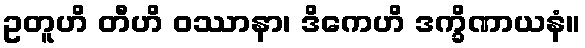
ဥတူဟိ တီဟိ ဝဿာနာ၊ ဒိကေဟိ ဒက္ခိဏာယနံ။